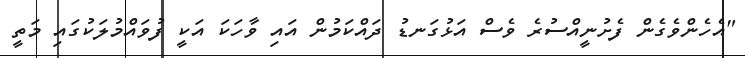
"އެހެންވެގެން ފެށުނީއްސުރެ ވެސް އަޅުގަނޑު ދައްކަމުން އައި ވާހަކަ އަކީ ފުވައްމުލަކުގައި މަތީ